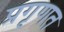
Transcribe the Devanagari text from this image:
प्रगृणत